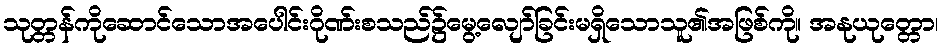
သုတ္တန်ကိုဆောင်သောအပေါင်းဂိုဏ်းစသည်၌မွေ့လျော်ခြင်းမရှိသောသူ၏အဖြစ်ကို။ အနုယုတ္တော၊